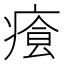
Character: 𤸐